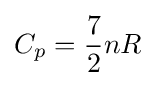
C_{p}={\frac {7}{2}}nR